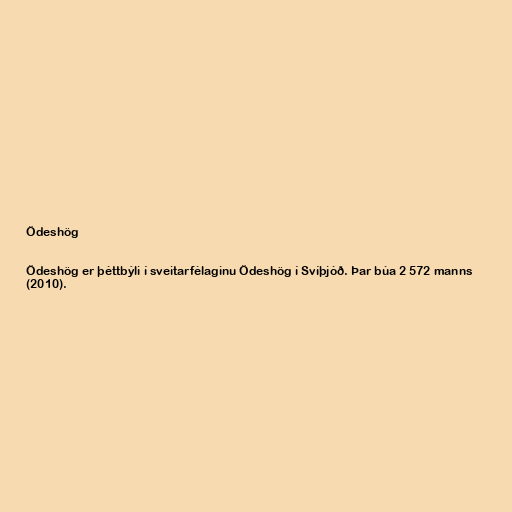
Ödeshög

Ödeshög er þéttbýli í sveitarfélaginu Ödeshög í Svíþjóð. Þar búa 2 572 manns
(2010).